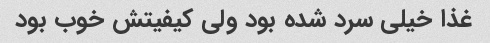
غذا خیلی سرد شده بود ولی کیفیتش خوب بود